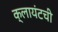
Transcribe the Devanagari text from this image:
क्लायंटची